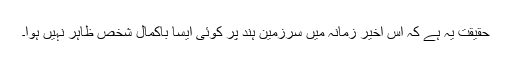
حقیقت یہ ہے کہ اس اخیر زمانہ میں سرزمینِ ہند پر کوئی ایسا باکمال شخص ظاہر نہیں ہوا۔